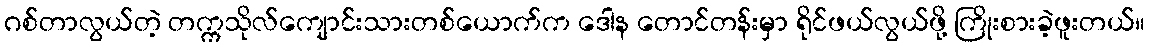
ဂစ်တာလွယ်တဲ့ တက္ကသိုလ်ကျောင်းသားတစ်ယောက်က ဒေါန တောင်တန်းမှာ ရိုင်ဖယ်လွယ်ဖို့ ကြိုးစားခဲ့ဖူးတယ်။